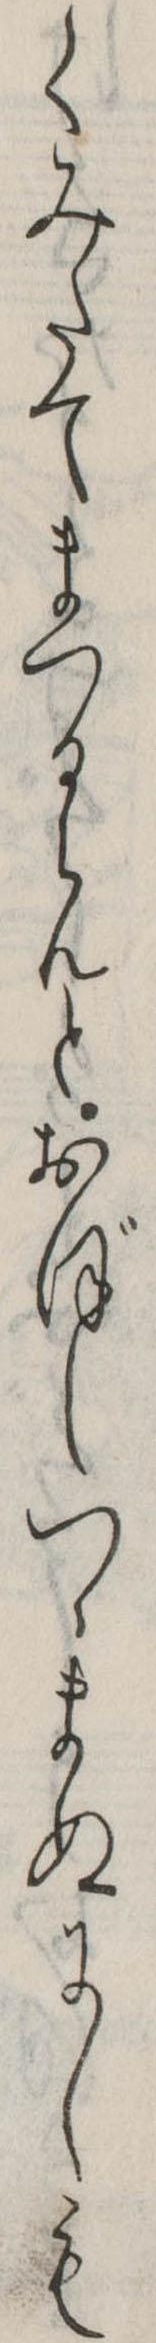
くみたてまつるらんとおぼしつゝまぬにしも